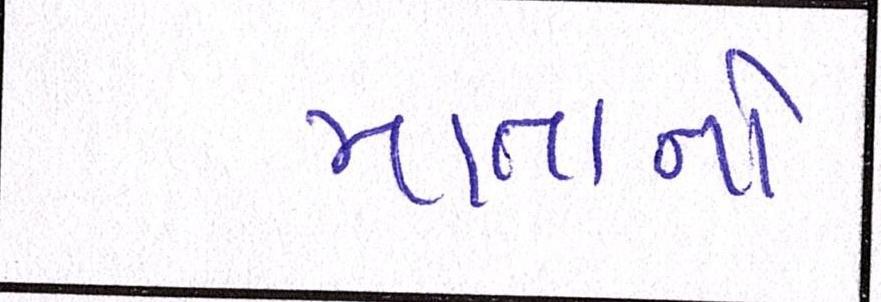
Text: માતાનો